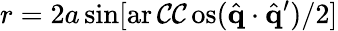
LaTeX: r=2a\sin[\operatorname{ar\mathcal{C}\mathcal{C}os}(\hat{{\mathbf{{q}}}}\cdot\hat{{\mathbf{{q}}}}^{\prime})/2]